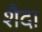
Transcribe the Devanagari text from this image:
शैदा